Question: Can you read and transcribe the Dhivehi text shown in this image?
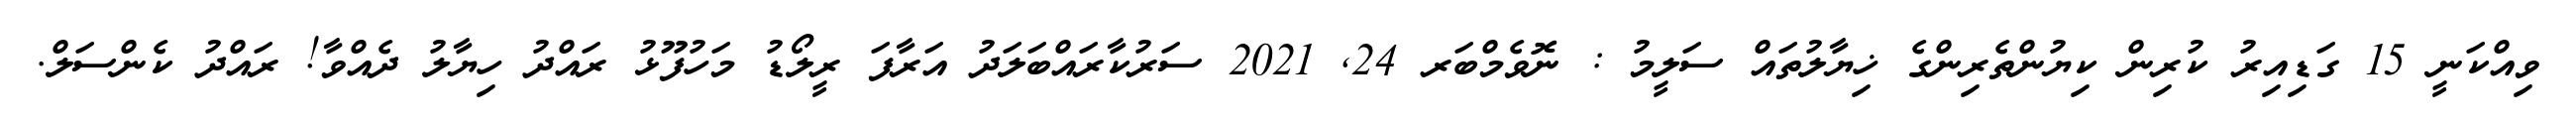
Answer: ވިއްކަނީ 15 ގަޑިއިރު ކުރިން ކިޔުންތެރިންގެ ޚިޔާލުތައް ސަލީމު : ނޮވެމްބަރ 24, 2021 ސަރުކާރައްބަލަދު އަރާފަ ރީލޯޑު މަހުފޫޅު ރައްދު ހިޔާލު ދެއްވާ! ރައްދު ކެންސަލް.